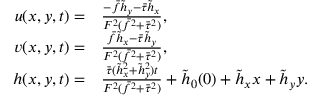
\begin{array} { r l } { u ( x , y , t ) = } & { { } \frac { - \bar { f } \tilde { h } _ { y } - \bar { \tau } \tilde { h } _ { x } } { F ^ { 2 } ( \bar { f } ^ { 2 } + \bar { \tau } ^ { 2 } ) } , } \\ { v ( x , y , t ) = } & { { } \frac { \bar { f } \tilde { h } _ { x } - \bar { \tau } \tilde { h } _ { y } } { F ^ { 2 } ( \bar { f } ^ { 2 } + \bar { \tau } ^ { 2 } ) } , } \\ { h ( x , y , t ) = } & { { } \frac { \bar { \tau } ( \tilde { h } _ { x } ^ { 2 } + \tilde { h } _ { y } ^ { 2 } ) t } { F ^ { 2 } ( \bar { f } ^ { 2 } + \bar { \tau } ^ { 2 } ) } + \tilde { h } _ { 0 } ( 0 ) + \tilde { h } _ { x } x + \tilde { h } _ { y } y . } \end{array}